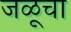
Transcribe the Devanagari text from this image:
जळूचा